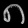
Digit: ၈